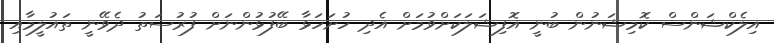
އިލެކްޝަންސް ކޮމިޝަނުން ބުނީ އޮފިޝަލަކަށްވުމަށް އެދި ހުށަހަޅާ ބޭފުޅުންނަށް ފުރުސަތު ދެވޭނީ ތައުލީމާއި